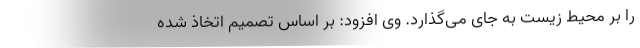
را بر محیط زیست به جای می‌گذارد. وی افزود: بر اساس تصمیم اتخاذ شده